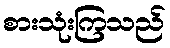
စားသုံးကြသည်